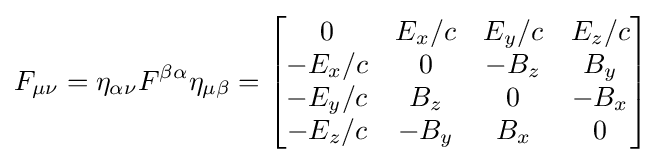
F_{\mu \nu }=\eta _{\alpha \nu }F^{\beta \alpha }\eta _{\mu \beta }={\begin{bmatrix}0&E_{x}/c&E_{y}/c&E_{z}/c\\-E_{x}/c&0&-B_{z}&B_{y}\\-E_{y}/c&B_{z}&0&-B_{x}\\-E_{z}/c&-B_{y}&B_{x}&0\end{bmatrix}}